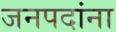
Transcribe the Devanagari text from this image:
जनपदांना